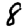
Digit: 8